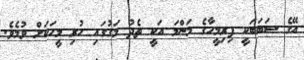
އޭގެ ސަބަބަކީ ފިރިމީހާގެ މަންމަ އަކީ ތެދު މަގުގައި ހުރި މީހަކަށް ވުމެވެ.